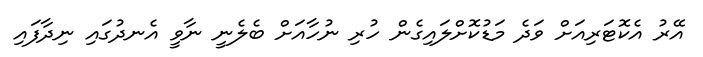
އޭރު އެކޮޓަރިއަށް ވަދެ މަޑުކޮށްލައިގެން ހުރި ނުހާއަށް ބެލެނީ ނާވީ އެނދުގައި ނިދާފައި